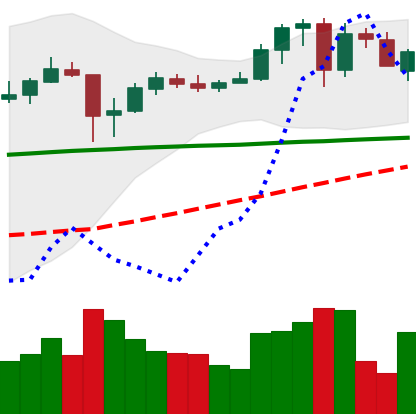
Ticker: ADA-USD
Chart end date: 2020-05-25
Forward return: 42.486%
Label: up_7plus